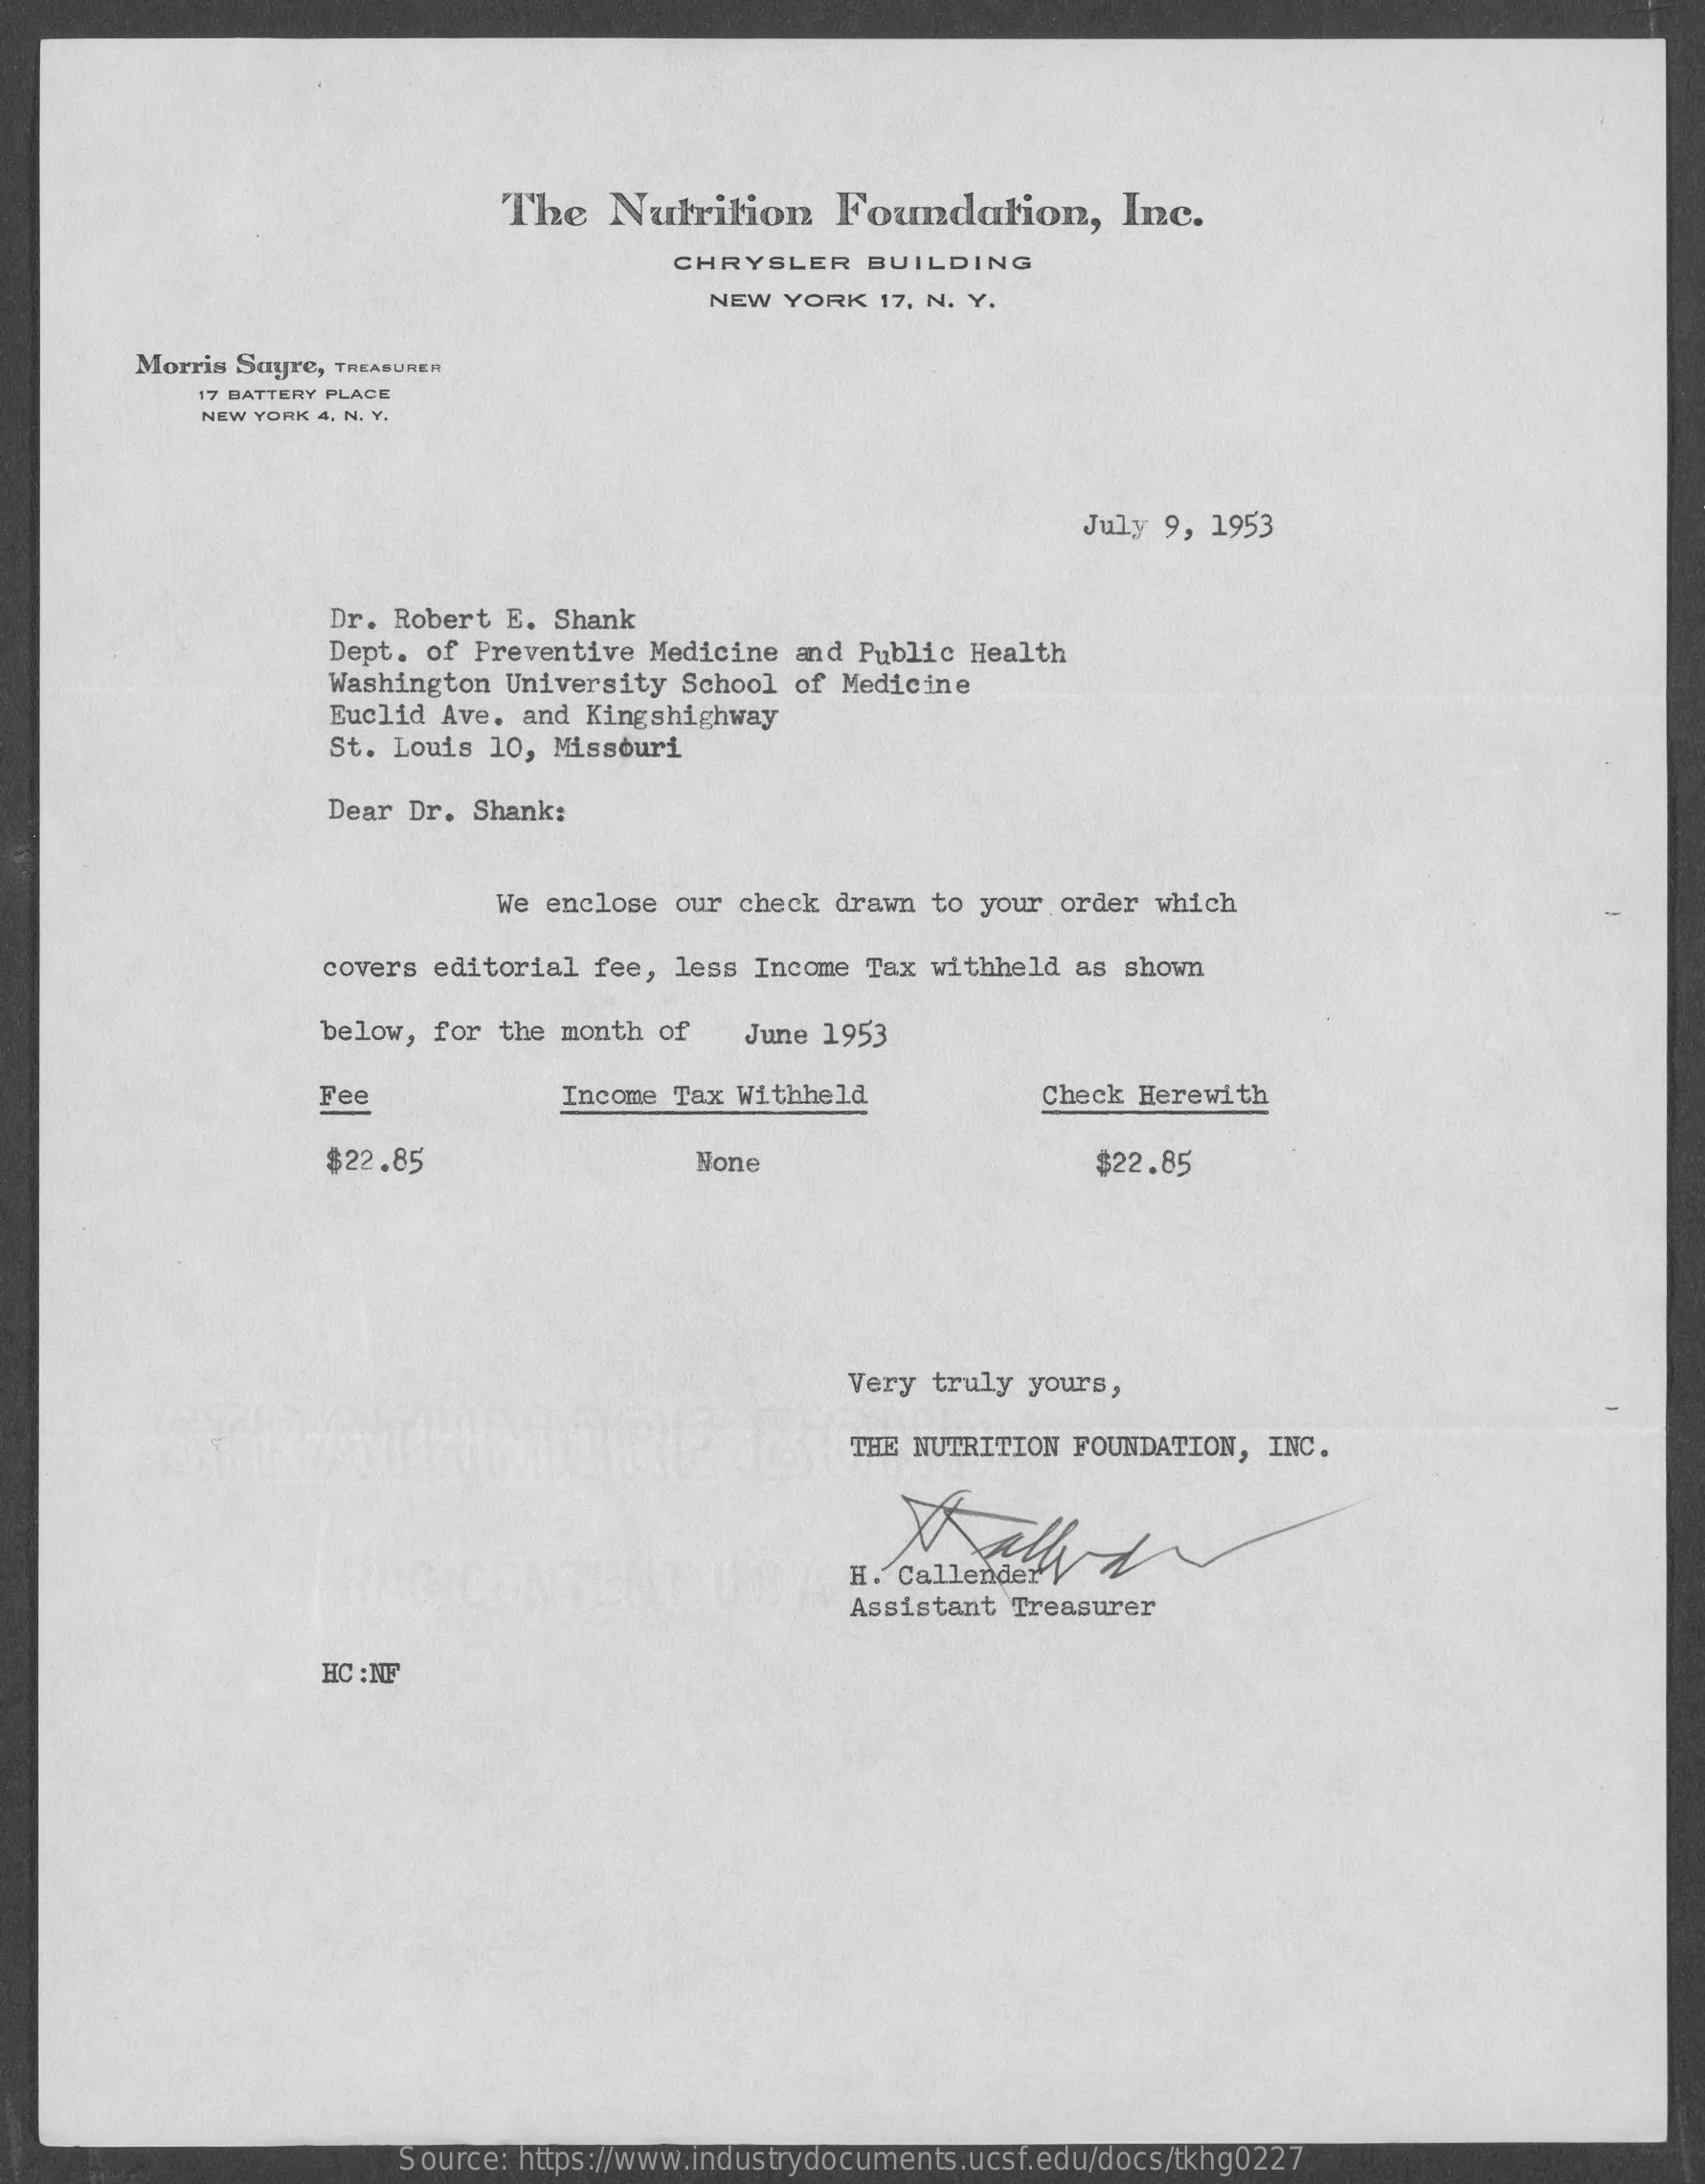
The   Nutrition    Foundation,    Inc.
     CHRYSLER    BUILDING
     NEW YORK   17, N. Y.
     Morris Suyre, TREASURER
     17 BATTERY PLACE
     NEW YORK 4, N. Y.
     July 9, 1953
     Dr. Robert E. Shank
     Dept. of Preventive Medicine  and Public Health
     Washington University  School of Medicine
     Euclid Ave. and Kingshighway
     St. Louis 10, Missouri
     Dear Dr. Shank:
     We enclose our check  drawn to your order  which
     covers editorial  fee, less Income  Tax withheld as  shown
     below, for  the month of    June 1953
     Fee    Income Tax Withheld    Check Herewith
     $22.85    None    $22.85
     Very truly yours,
     THE NUTRITION FOUNDATION,  INC.
     Assistant Treasurer
     HC : NF
     Source: https://www.industrydocuments.ucsf.edu/docs/tkhg0227